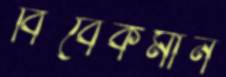
বিবেকমান